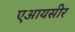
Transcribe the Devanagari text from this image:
एआयसीर